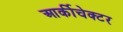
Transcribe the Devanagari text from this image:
आर्कीचेक्टर